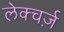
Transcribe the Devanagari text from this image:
लेक्चर्ज़